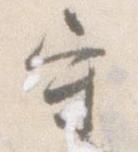
守